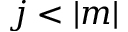
j < | m |